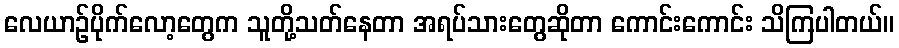
လေယာဉ်ပိုက်လော့တွေက သူတို့သတ်နေတာ အရပ်သားတွေဆိုတာ ကောင်းကောင်း သိကြပါတယ်။